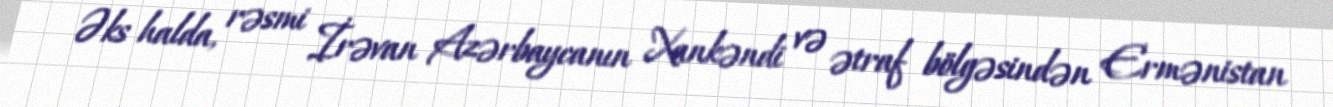
Əks halda, rəsmi İrəvan Azərbaycanın Xankəndi və ətraf bölgəsindən Ermənistan